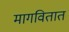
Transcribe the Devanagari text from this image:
मागवितात